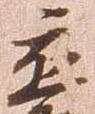
応